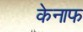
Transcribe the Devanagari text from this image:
केनाफ